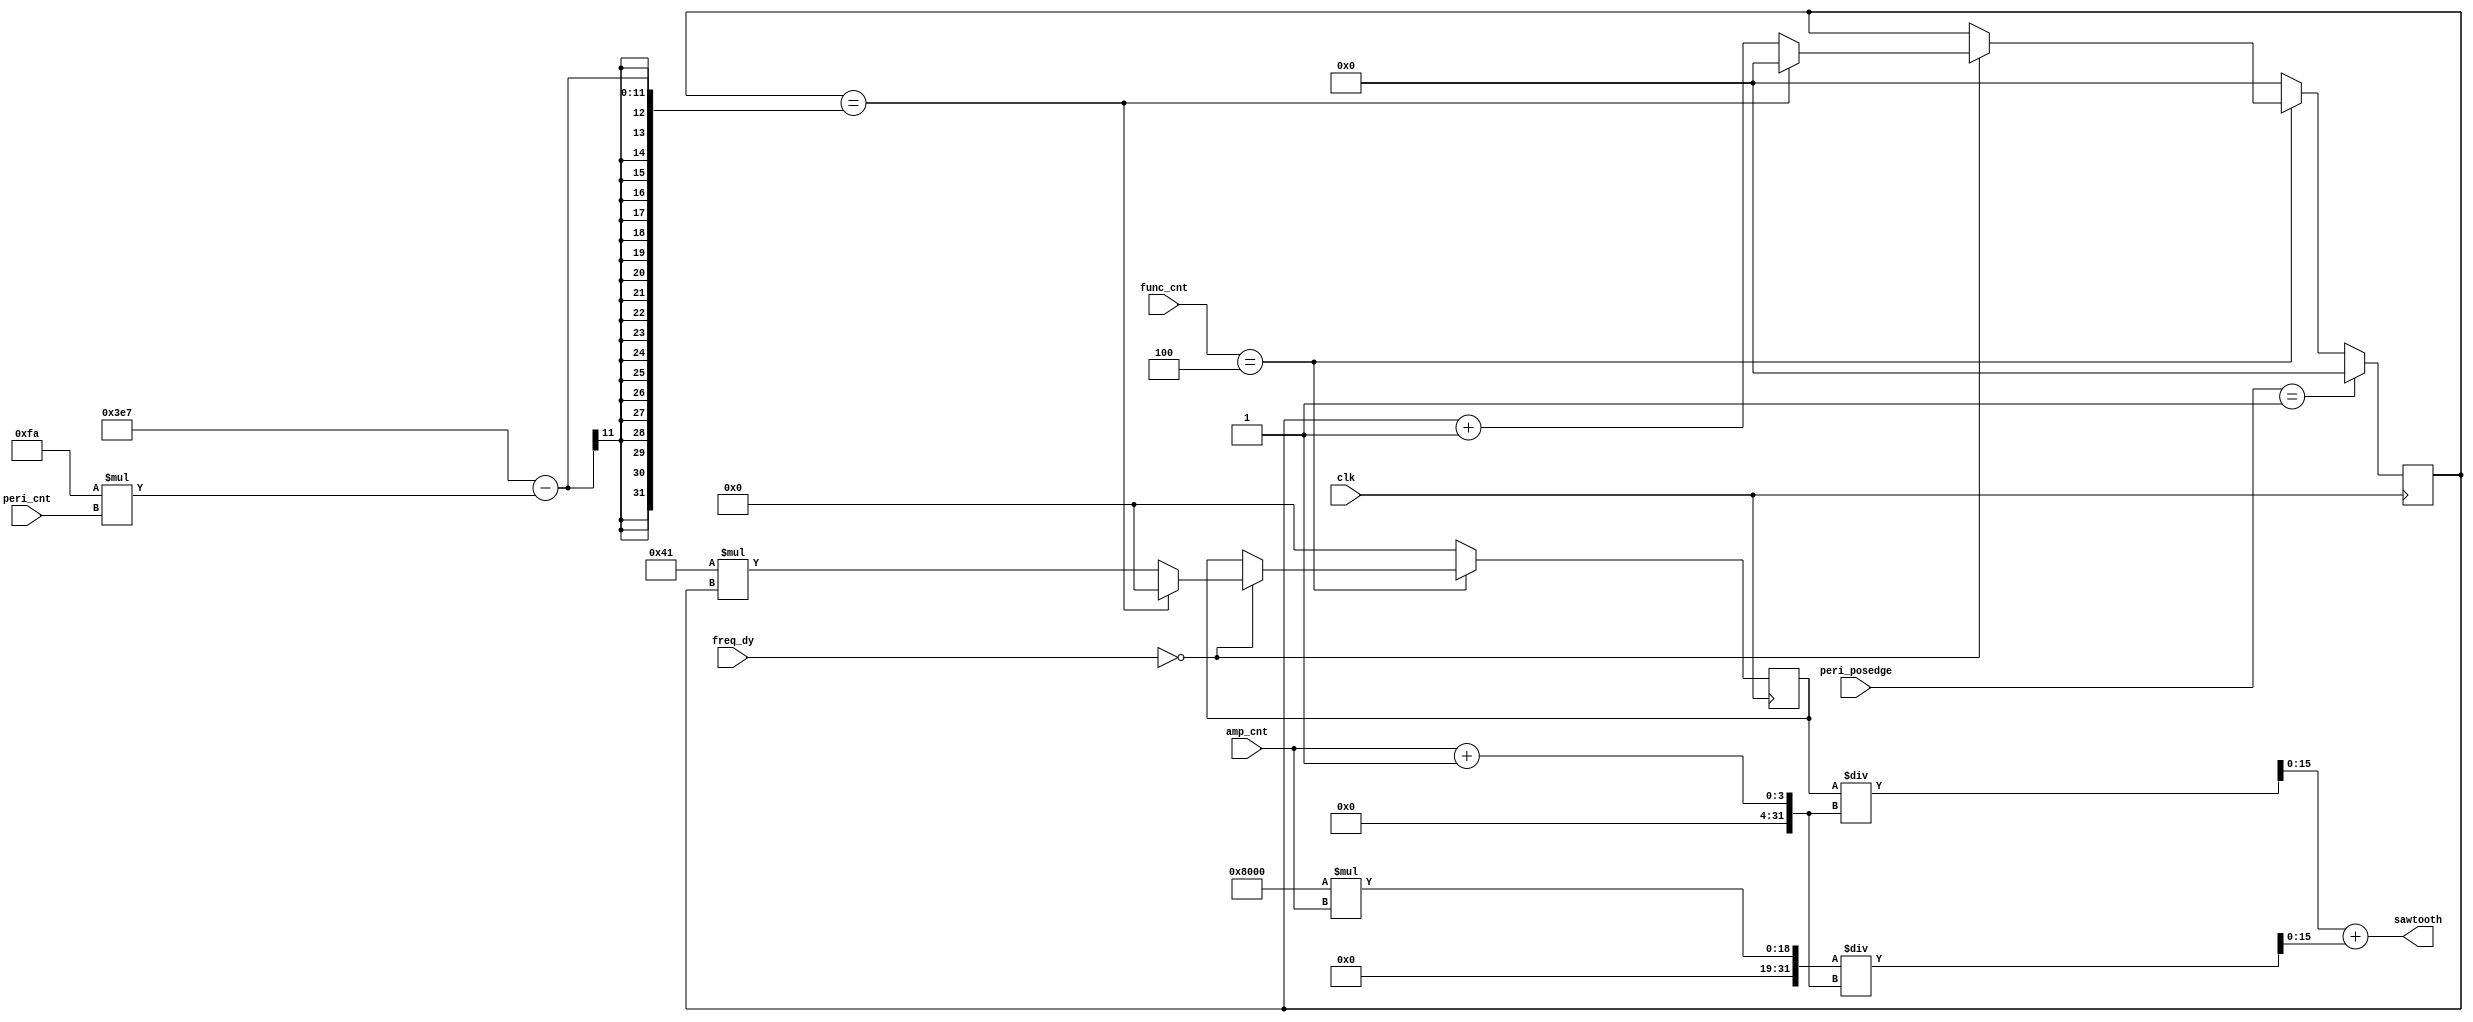
`timescale 1ns / 1ps
//////////////////////////////////////////////////////////////////////////////////
// Company: 
// Engineer: 
// 
// Design Name: 
// Module Name: saw
// Project Name: 
// Target Devices: 
// Tool Versions: 
// Description: 
// 
// Dependencies: 
// 
// Revision:
// Revision 0.01 - File Created
// Additional Comments:
// 
//////////////////////////////////////////////////////////////////////////////////


module saw(
    input clk,
    input [2:0] func_cnt,
    input [2:0] freq_dy,
    input [2:0] amp_cnt,
    input [2:0] peri_cnt,
    input [2:0] peri_posedge,
    output wire [15:0] sawtooth
    );
        
reg[9:0] b;
reg [15:0] rsaw;
reg [15:0] rsaw_amp;
assign sawtooth = rsaw_amp;

initial begin
    b = 0;
    rsaw = 0;
end 
    
always@(posedge clk)
begin
    if(func_cnt == 4) begin
        if(freq_dy == 0) begin
            if(b == 999 - 250*peri_cnt) begin
                b = 0;
                rsaw = 0;
            end
            else begin
                rsaw = 65 * b;
                b = b + 1;
            end  
        end  
    end
    else begin
        b = 0;
        rsaw = 0;
    end
    if(peri_posedge == 1) begin
        b = 0;
    end
end    

always@(rsaw or amp_cnt) begin
    rsaw_amp = rsaw/(amp_cnt+1) + 32768*amp_cnt/(amp_cnt+1);
end

    
endmodule